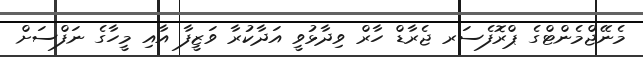
މެނޭޖްމެންޓްގެ ޕްރޮފެސަރ ޖެރާޑް ހާރް ވިދާޅުވީ އަދާކުރާ ވަޒީފާ އާއި މީހާގެ ނަފްސަށް